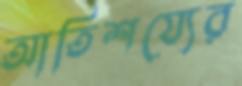
আতিশয্যের